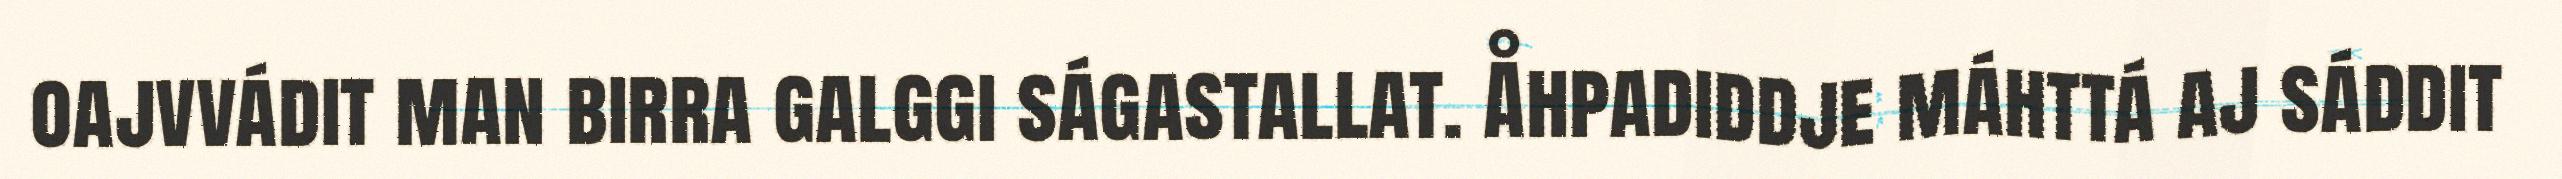
oajvvádit man birra galggi ságastallat. Åhpadiddje máhttá aj sáddit